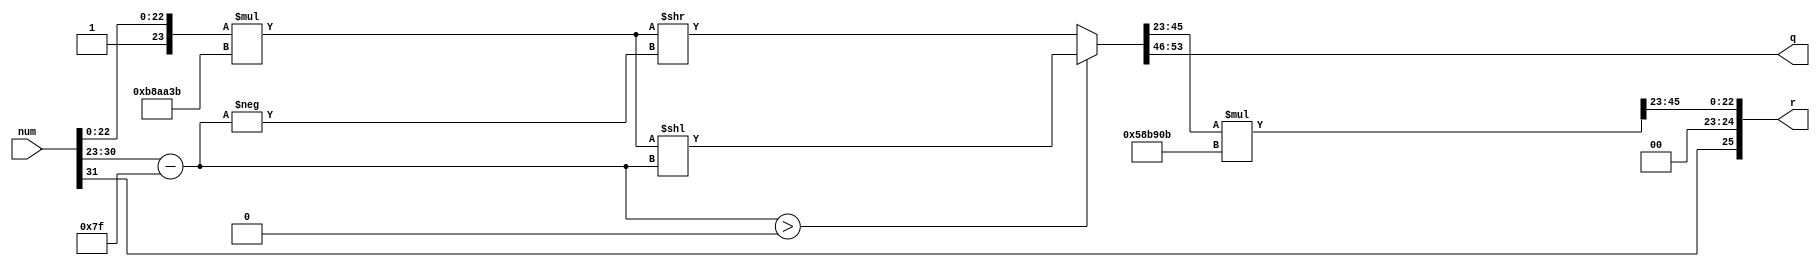
module exp_preprocess (
    input [32-1:0] num,
    output [8-1:0] q,
    output signed [26-1:0] r
);    
localparam rln2 = 24'b101110001010101000111011;
localparam ln2 =  24'b010110001011100100001011;
wire [54-1:0] numoverln;
wire [23-1:0] fraction;
wire [48-1:0] d;
wire signed [9-1:0] exp;

assign exp = $signed(num[30:23] - 127); 

assign numoverln = (exp > 0) ? ({1'b1, num[22:0]} * rln2) << (exp) : ({1'b1, num[22:0]} * rln2) >> (-exp);
assign q = numoverln[53:46];
assign fraction = numoverln[45:23];
assign d = {1'b0, fraction} * ln2;
assign r = {num[31],d[47:23]};



endmodule